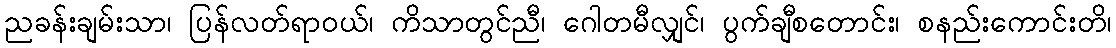
ညခန်းချမ်းသာ၊ ပြန်လတ်ရာဝယ်၊ ကိသာတွင်ညီ၊ ဂေါတမီလျှင်၊ ပွက်ချီစတောင်း၊ စနည်းကောင်းတိ၊